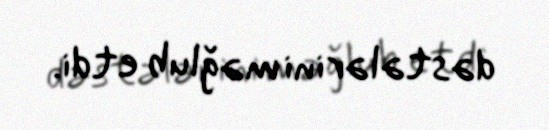
dəstələrini məğlub etdi.